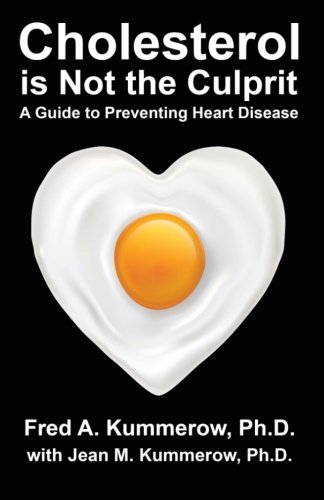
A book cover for Cholesterol is Not the Culprit: A Guide to Preventing Heart Disease; Dr Fred Kummerow; Health, Fitness & Dieting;